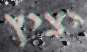
יציץ